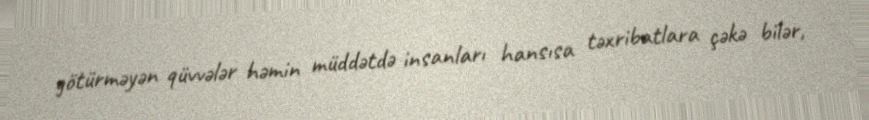
götürməyən qüvvələr həmin müddətdə insanları hansısa təxribatlara çəkə bilər,